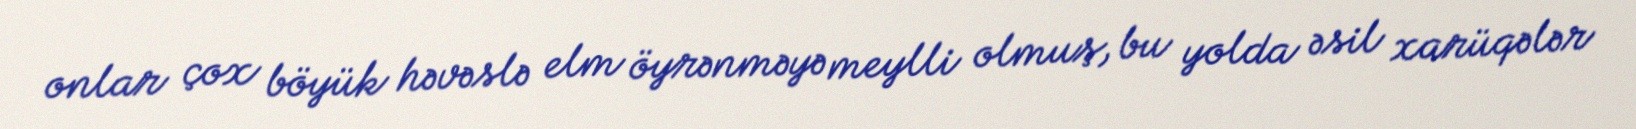
onlar çox böyük həvəslə elm öyrənməyə meylli olmuş, bu yolda əsil xarüqələr